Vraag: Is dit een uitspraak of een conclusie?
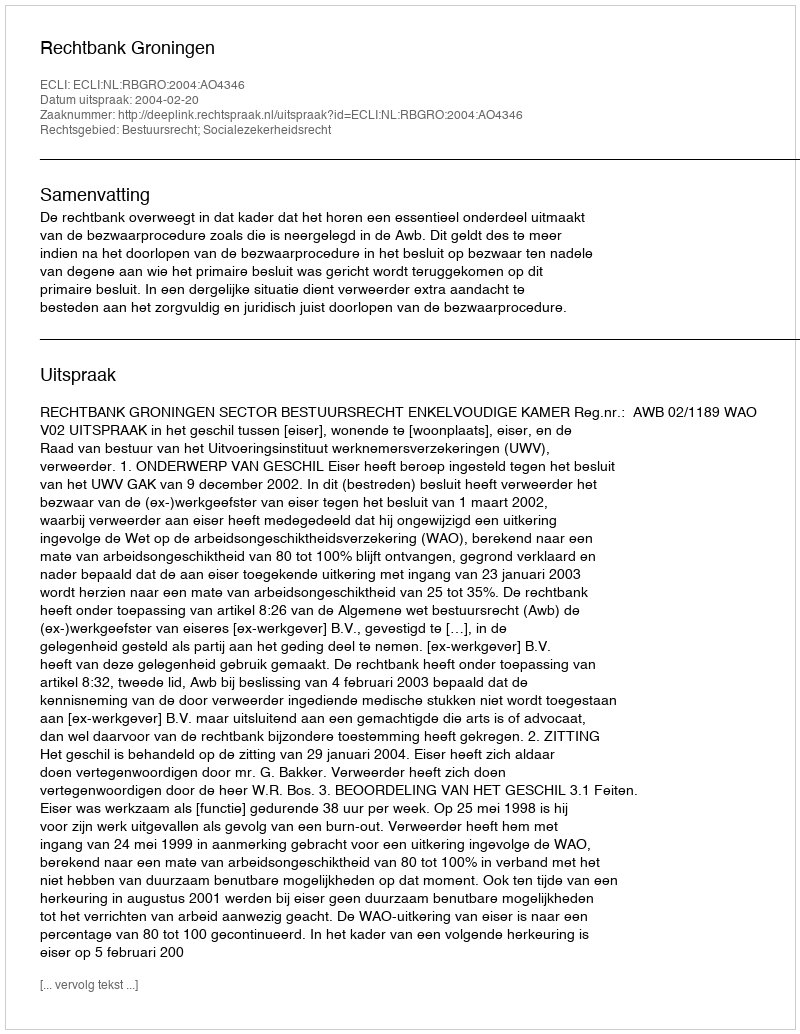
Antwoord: Uitspraak